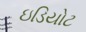
ઇડિયોટ